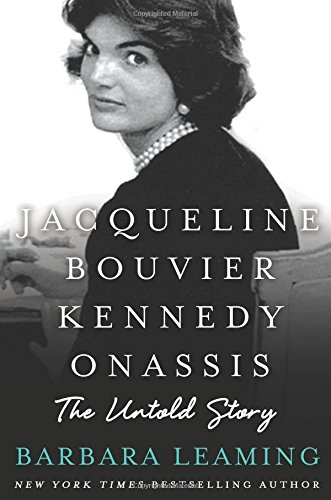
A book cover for Jacqueline Bouvier Kennedy Onassis: The Untold Story; Barbara Leaming; Health, Fitness & Dieting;